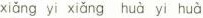
xiǎng yi xiǎng huà yì huà